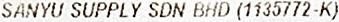
SANYU SUPPLY SDN BHD (1135772-K)